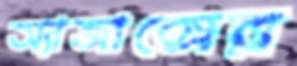
অ্যাজাক্সের